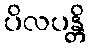
ပိလပန္တိ